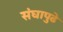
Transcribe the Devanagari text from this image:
संघापुढे